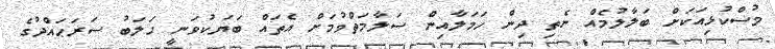
މުސްކުޅިއަކަށް ބަލާލުމެއް ނެތި ދިން ހަމަލާއިން ސަލާމަތްވުމަށް އެތައް ބަޔަކުވަނީ ހަލަބު ސަރަޙައްދުގެ